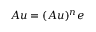
\boldsymbol { A u } = ( A u ) ^ { n } \boldsymbol { e }